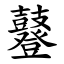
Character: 鼟